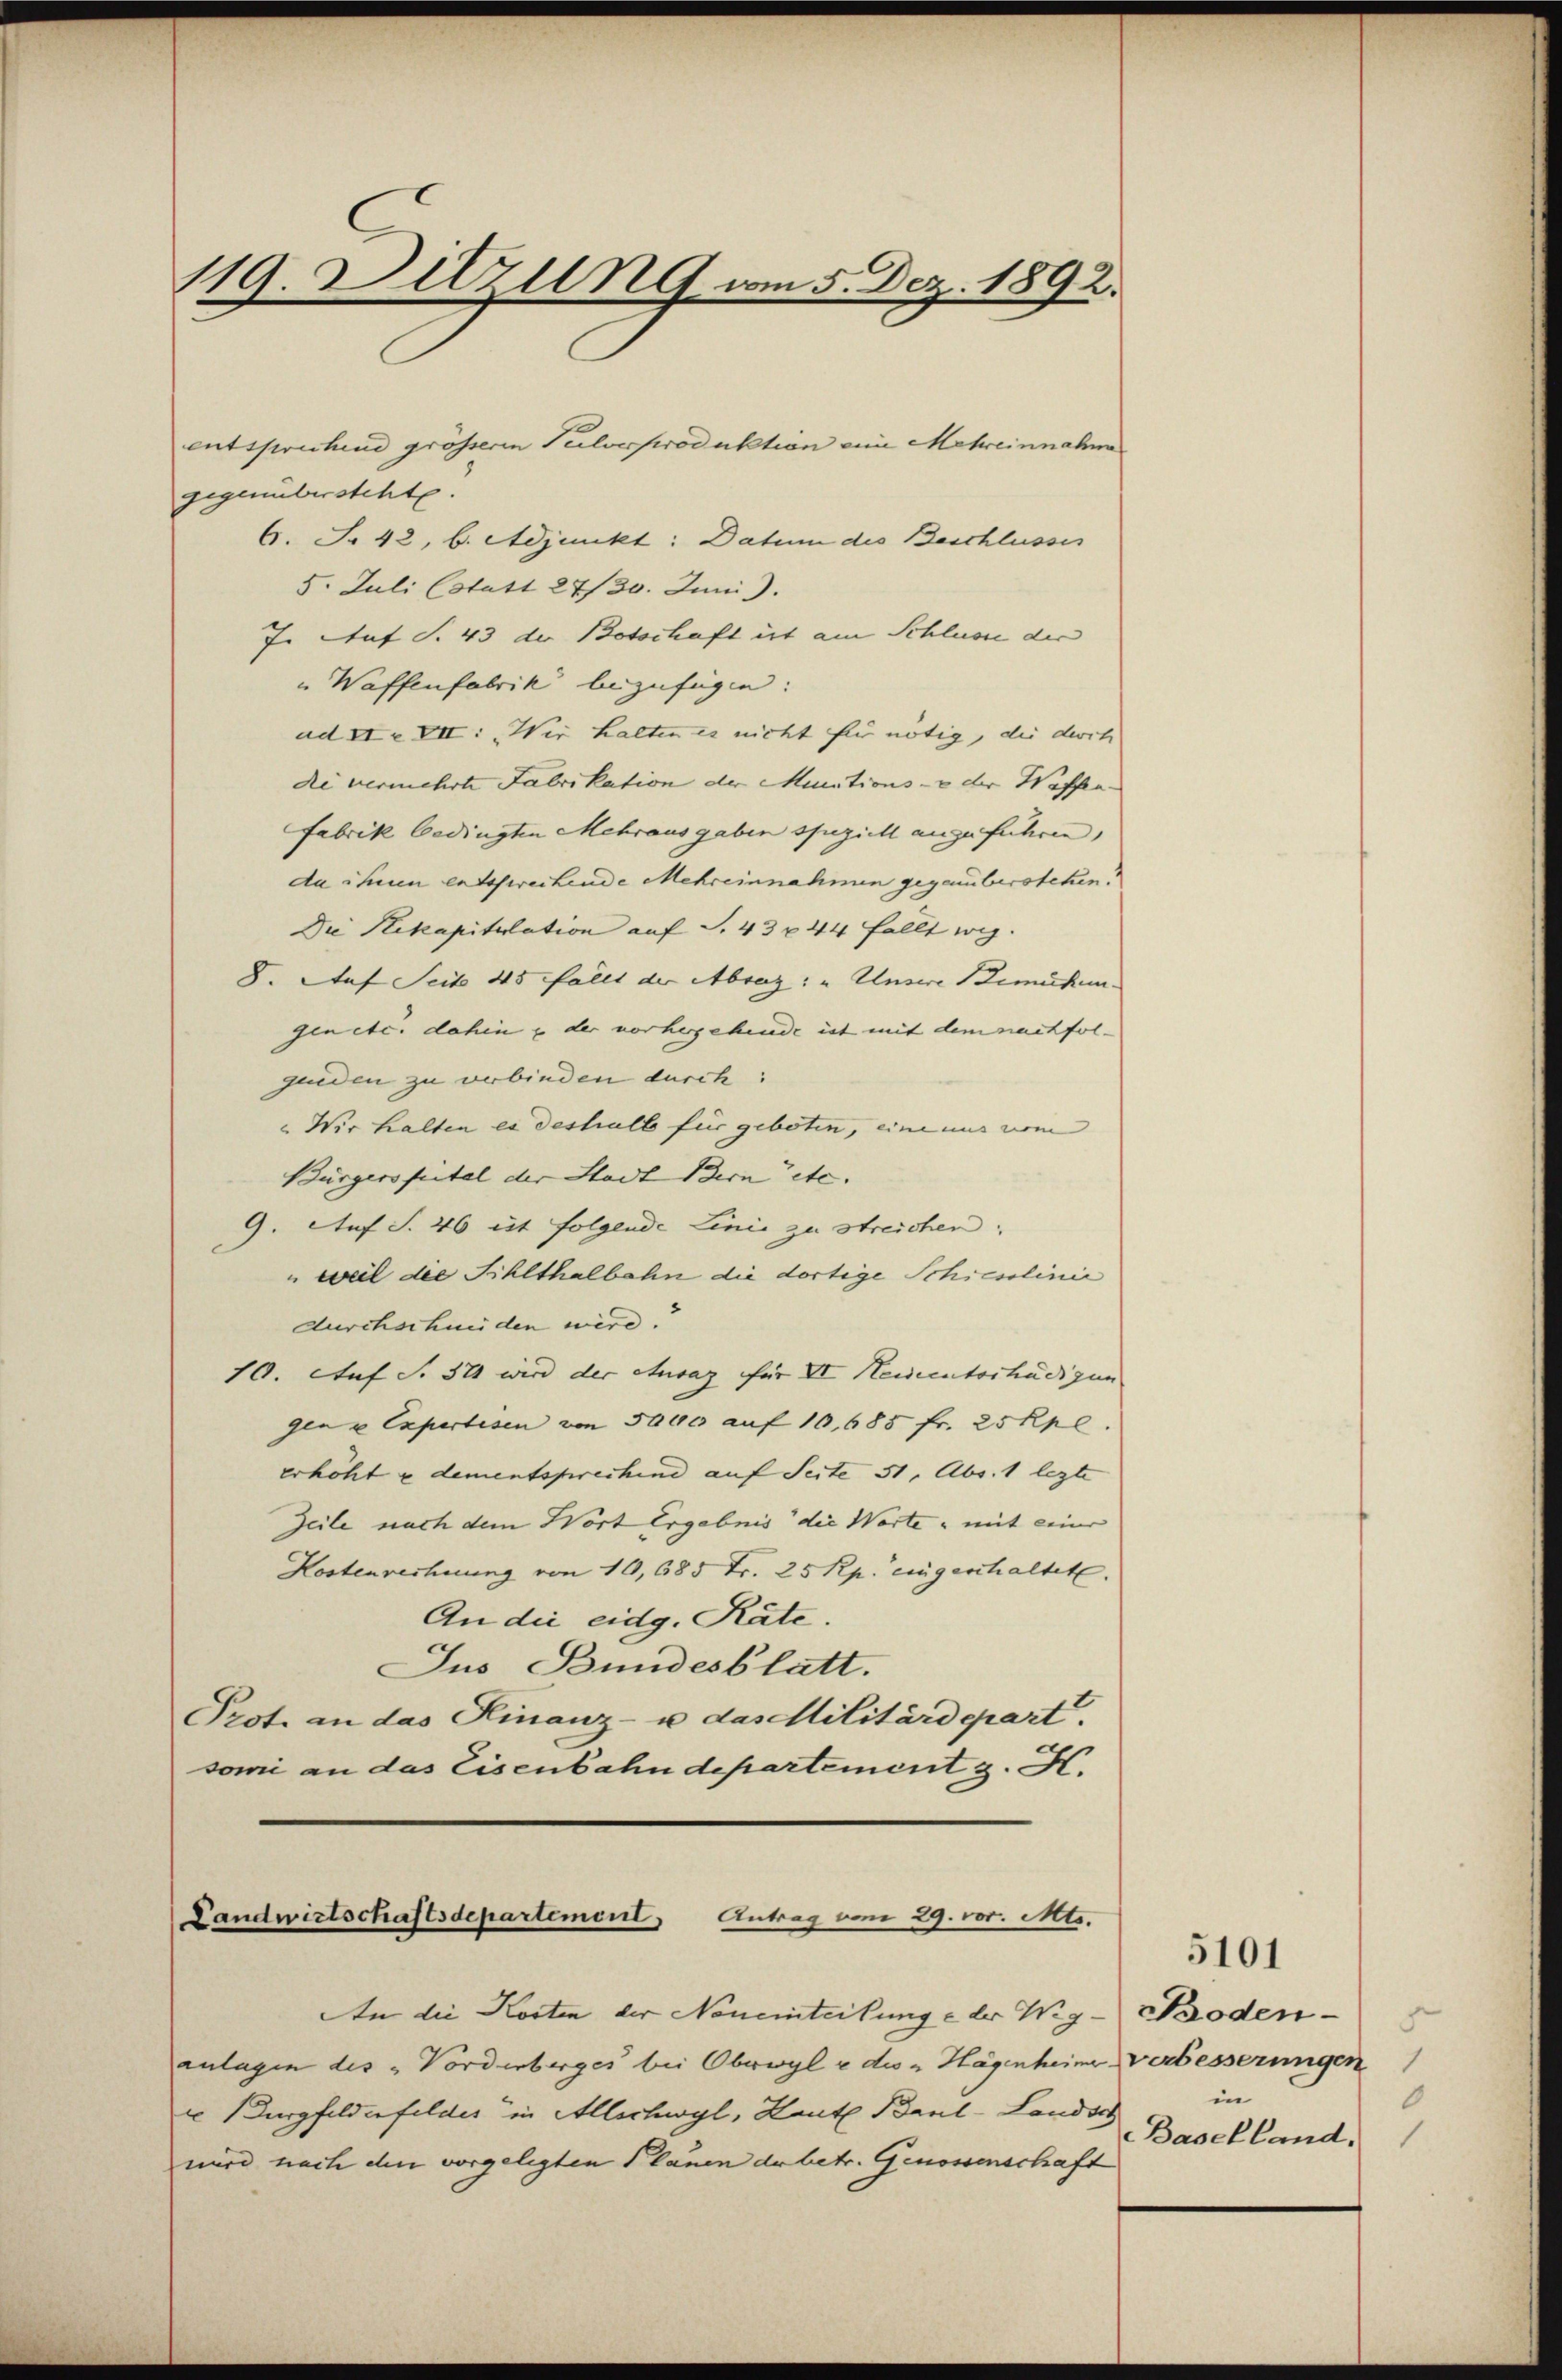
119. Dilzung am 5. Dez. 1892.

entsprechend größeren Pulverproduktion ein Mehreinnahm
gegenübersteht.
6. S. 42, b. Adjunkt: Datum die Beschlusses
5. Juli (statt 24/30. Juni.
7. Auf S. 43 der Botschaft ist am Schlusse der
" Waffenfabrik beizufügen:
ad II. VII: „Wir halten es nicht für nötig, die dirit
die vermehrte Fabrikation der Minutions- & der Waffen.
Fabrik bedingten Mehraus gaben speziell angeführen,
da ihnen entsfweckende Mehreinnahmen gegenüberstehen?
Die Hekapitulation auf S. 43 x 44 fällt weg.
8. Auf Seite 45 fällt der Abraz: „Unsere Bemücken.
genete. dahin & der vorhergehende ist mit dem nachfol-
genden zu verbinden durch:
"Wir halten es deshalb für geboten, eine uns vom
Bürgersfeitel der Stadt Bern etc. |
9. Auf S. 46 ist folgende Linie zu streichen.
" weil die Sihlthalbahn die dortige Schiesslinie
durchschmeiden wird.
10. Auf S. 371 wird der Ausaz für VI Neidentschädigun
gen u Expertisen von 5000 auf 10, 685 fr. 25 Rp.
erhöht u dementsprechend auf Seite 51, Abs. 1 lezte
Zeile nach dem Wort Ergebnis die Worte mit einer
Kostenrechnung von 16,685 Fr. 25 Rp. eingeschaltet.
An die eidg. Räte.
Jus Bundesblatt.
Prot. an das Kinanz- u. das Militärdepart.
somi an das Eisenbahndepartement z. H.

Landwirtschaftsdepartement, Antrag vom 29. vor. Mts.

An die Kosten der Neueinteilung e der Weg- Proden
anlagen des „Vorderberger bei Oberwyl v des " Hagenheime Verbesserungen
u urgfelderfelder in Allschwyl, Haut Barl-Landsch
wird nach den vorgelegten Plauen de betr. Genossenschaft

d
in
0
Baselland.

5101